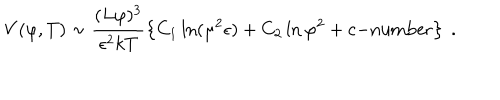
LaTeX: V ( \varphi , T ) \sim \frac { ( L \varphi ) ^ { 3 } } { \epsilon ^ { 2 } k T } \left\{ C _ { 1 } \ln ( \mu ^ { 2 } \epsilon ) + C _ { 2 } \ln \varphi ^ { 2 } + c \mathrm { - n u m b e r } \right\} \ .